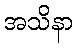
အသိနာ